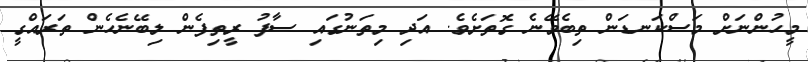
މީހުންނަށް މަސްކަނޑަން ތިބެވޭނެ ގޮތަށެވެ. އަދި މިތަނުގައި ސާފު ރީތިފެން ލިބޭނެހެން ތަރައްގީ